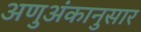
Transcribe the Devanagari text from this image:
अणुअंकानुसार